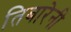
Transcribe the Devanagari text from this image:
तिबारेनी